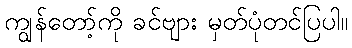
ကျွန်တော့်ကို ခင်ဗျား မှတ်ပုံတင်ပြပါ။